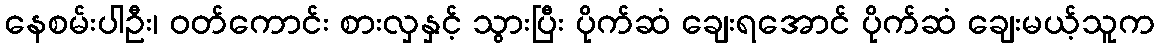
နေစမ်းပါဦး၊ ဝတ်ကောင်း စားလှနှင့် သွားပြီး ပိုက်ဆံ ချေးရအောင် ပိုက်ဆံ ချေးမယ့်သူက